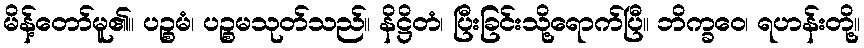
မိန့်တော်မူ၏။ ပဉ္စမံ၊ ပဉ္စမသုတ်သည်။ နိဋ္ဌိတံ၊ ပြီးခြင်းသို့ရောက်ပြီ။ ဘိက္ခဝေ၊ ရဟန်းတို့။